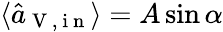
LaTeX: \langle\hat{a}_{\mathrm{~V~,~i~n~}}\rangle=A\sin{\alpha}